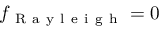
f _ { \mathrm { ~ R ~ a ~ y ~ l ~ e ~ i ~ g ~ h ~ } } = 0